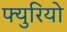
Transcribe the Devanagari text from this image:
फ्युरियो